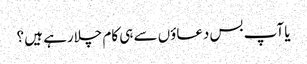
یا آپ بس دعاؤں سے ہی کام چلارہے ہیں ؟